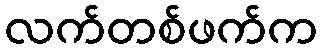
လက်တစ်ဖက်က